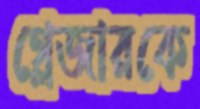
গ্লেজারকে